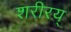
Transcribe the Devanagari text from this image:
शरीरय्